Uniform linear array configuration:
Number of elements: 64
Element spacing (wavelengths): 0.5
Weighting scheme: hamming
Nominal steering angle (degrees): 30
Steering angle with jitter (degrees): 29.423
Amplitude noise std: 0.05
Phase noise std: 0.05

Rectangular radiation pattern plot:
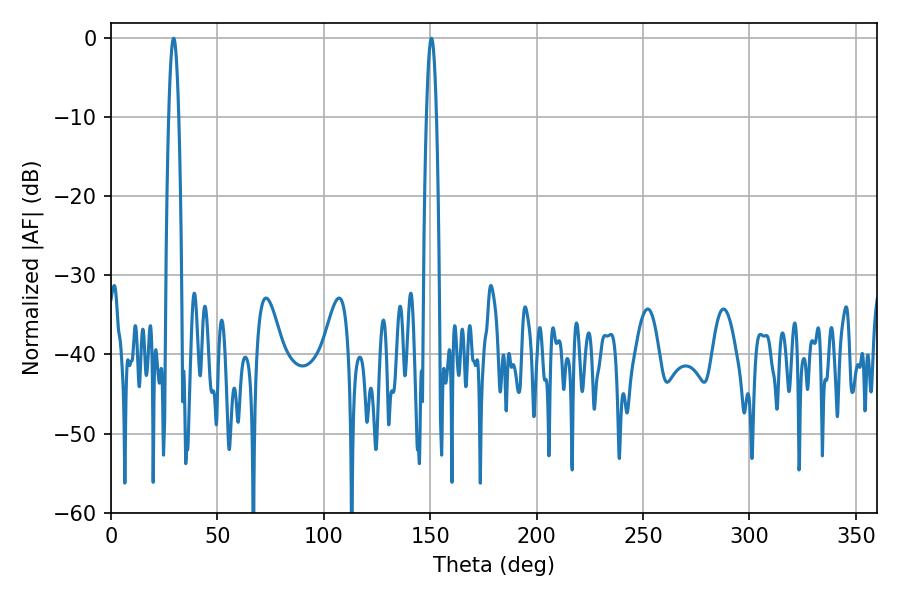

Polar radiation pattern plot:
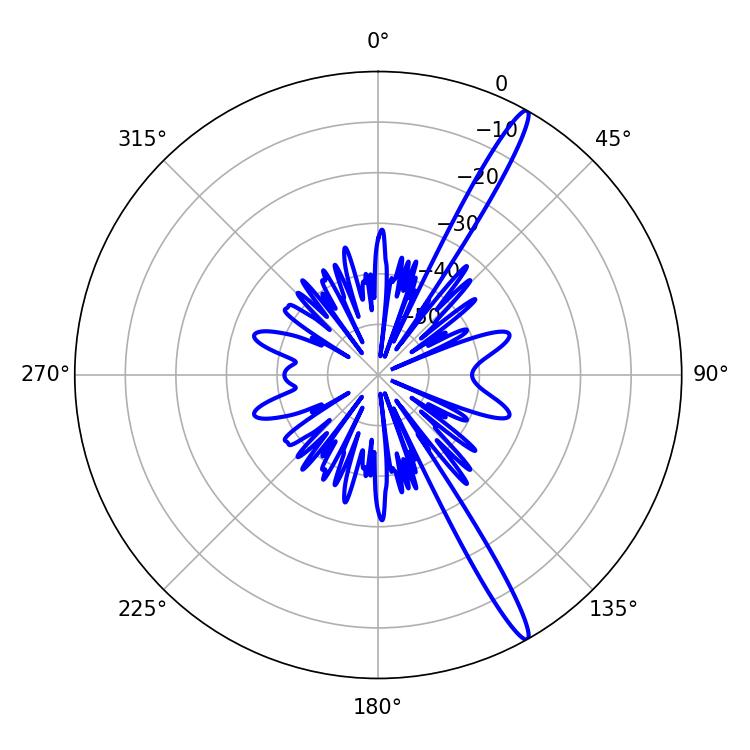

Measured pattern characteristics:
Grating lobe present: FALSE
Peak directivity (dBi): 16.134
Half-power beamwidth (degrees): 2.52
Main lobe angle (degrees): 29.34